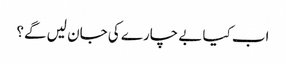
اب کیا بے چارے کی جان لیں گے؟